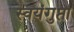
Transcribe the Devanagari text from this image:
स्वयंगुप्ता